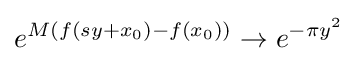
e^{M(f(sy+x_{0})-f(x_{0}))}\to e^{-\pi y^{2}}